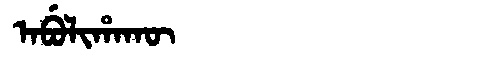
Manchu: ᠠᠪᡠᠯᡳᡥᠠᡴᡡ
Romanization: ABULIHAKŪ